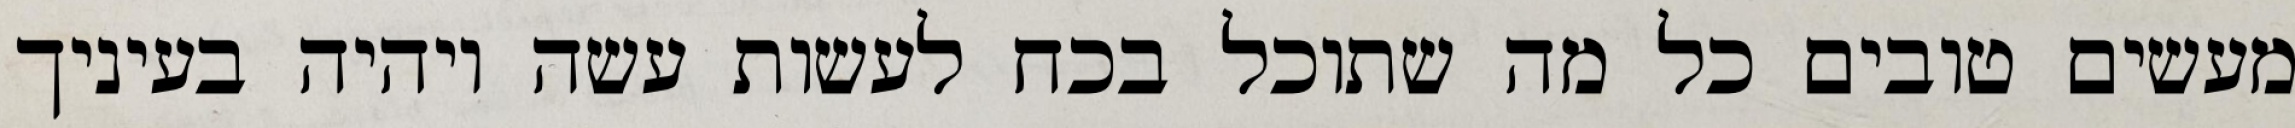
מעשים טובים כל מה שתוכל בכח לעשות עשה ויהיה בעיניך